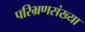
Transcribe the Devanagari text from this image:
परिभ्रणसंख्या